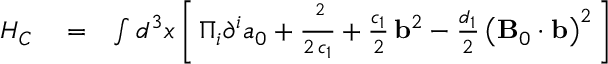
\begin{array} { r l r } { { H _ { C } } } & { { } = } & { \int { { d ^ { 3 } } x } \left[ \, { { \Pi _ { i } } { \partial ^ { i } } { a _ { 0 } } + \frac { { { { \bf \Pi } ^ { 2 } } } } { { 2 \, { c _ { 1 } } } } + \frac { { { c _ { 1 } } } } { 2 } \, { { \bf b } ^ { 2 } } - \frac { { { d _ { 1 } } } } { 2 } \, { { \left( { { \bf B } _ { 0 } \cdot { \bf b } } \right) } ^ { 2 } } } \, \right] } \end{array}